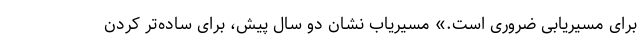
برای مسیریابی ضروری است.» مسیریاب نشان دو سال پیش، برای ساده‌تر کردن